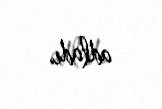
adladı.